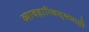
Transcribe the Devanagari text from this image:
व्यावहारिकदृष्ट्याही